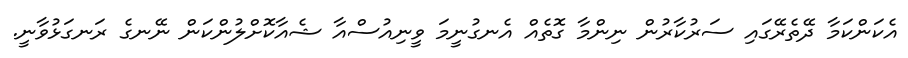
އެކަންކަމާ ދޭތެރޭގައި ސަރުކާރުން ނިންމާ ގޮތެއް އެނގުނީމަ ވީނިއުސްއާ ޝެއާކޮށްލުންކަން ނޭނގެ ރަނގަޅުވާނީ.